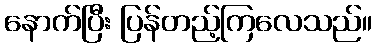
နောက်ပြီး ပြန်တည့်ကြလေသည်။